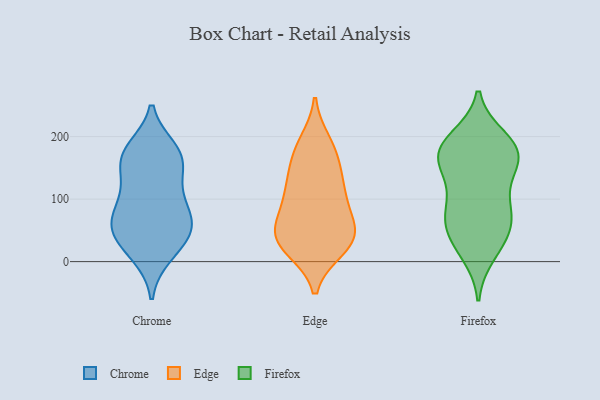
{"axis": {"x": "Page Views", "y": "Value"}, "legend": ["Chrome", "Edge", "Firefox"], "data": [{"x": "", "y": 92, "type": "Chrome"}, {"x": "", "y": 167, "type": "Chrome"}, {"x": "", "y": 64, "type": "Chrome"}, {"x": "", "y": 113, "type": "Chrome"}, {"x": "", "y": 179, "type": "Chrome"}, {"x": "", "y": 123, "type": "Chrome"}, {"x": "", "y": 52, "type": "Chrome"}, {"x": "", "y": 11, "type": "Chrome"}, {"x": "", "y": 48, "type": "Chrome"}, {"x": "", "y": 165, "type": "Chrome"}, {"x": "", "y": 41, "type": "Chrome"}, {"x": "", "y": 73, "type": "Chrome"}, {"x": "", "y": 18, "type": "Chrome"}, {"x": "", "y": 172, "type": "Chrome"}, {"x": "", "y": 64, "type": "Chrome"}, {"x": "", "y": 163, "type": "Chrome"}, {"x": "", "y": 135, "type": "Edge"}, {"x": "", "y": 76, "type": "Edge"}, {"x": "", "y": 173, "type": "Edge"}, {"x": "", "y": 173, "type": "Edge"}, {"x": "", "y": 56, "type": "Edge"}, {"x": "", "y": 42, "type": "Edge"}, {"x": "", "y": 40, "type": "Edge"}, {"x": "", "y": 52, "type": "Edge"}, {"x": "", "y": 119, "type": "Edge"}, {"x": "", "y": 190, "type": "Edge"}, {"x": "", "y": 114, "type": "Edge"}, {"x": "", "y": 28, "type": "Edge"}, {"x": "", "y": 21, "type": "Edge"}, {"x": "", "y": 25, "type": "Edge"}, {"x": "", "y": 102, "type": "Edge"}, {"x": "", "y": 95, "type": "Firefox"}, {"x": "", "y": 69, "type": "Firefox"}, {"x": "", "y": 148, "type": "Firefox"}, {"x": "", "y": 13, "type": "Firefox"}, {"x": "", "y": 188, "type": "Firefox"}, {"x": "", "y": 32, "type": "Firefox"}, {"x": "", "y": 131, "type": "Firefox"}, {"x": "", "y": 164, "type": "Firefox"}, {"x": "", "y": 197, "type": "Firefox"}, {"x": "", "y": 180, "type": "Firefox"}, {"x": "", "y": 74, "type": "Firefox"}, {"x": "", "y": 78, "type": "Firefox"}, {"x": "", "y": 33, "type": "Firefox"}, {"x": "", "y": 166, "type": "Firefox"}, {"x": "", "y": 63, "type": "Firefox"}, {"x": "", "y": 184, "type": "Firefox"}, {"x": "", "y": 168, "type": "Firefox"}]}